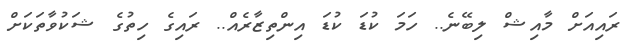
ރައިއަށް މާއިޝް ލިބޭނެ.. ހަމަ ކުޑަ ކުޑަ އިންތިޒާރެއް.. ރައިގެ ހިތުގެ ޝަކުވާތަކަށް